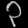
Digit: ၃